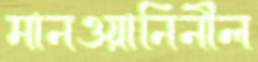
মানওয়ানিনীল